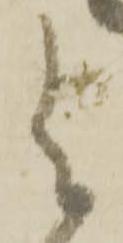
与